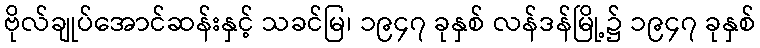
ဗိုလ်ချုပ်အောင်ဆန်းနှင့် သခင်မြ၊ ၁၉၄၇ ခုနှစ် လန်ဒန်မြို့၌ ၁၉၄၇ ခုနှစ်